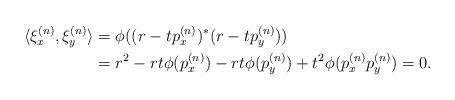
LaTeX: \begin{align*}\langle \xi_x^{(n)}, \xi_y^{(n)}\rangle&=\phi((r-tp_x^{(n)})^*(r-tp_y^{(n)}))\\&= r^2-rt\phi(p_x^{(n)})-rt\phi(p_y^{(n)})+t^2\phi(p_x^{(n)}p_y^{(n)})=0.\end{align*}